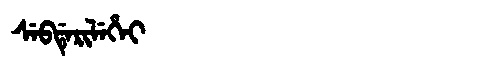
Manchu: ᠰᡝᠪᡩᡝᡵᡳᠯᡝᡥᡝᡳ
Romanization: SEBDERILEHEI